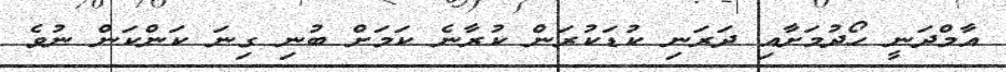
އާމްދަނީ ހޯދުމަށާއި ދަރަނި ކުޑަކުރަން ކުރާނެ ކަމަށް ބުނި ގިނަ ކަންކަން ނުވެ